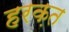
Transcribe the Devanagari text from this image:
हरक़त